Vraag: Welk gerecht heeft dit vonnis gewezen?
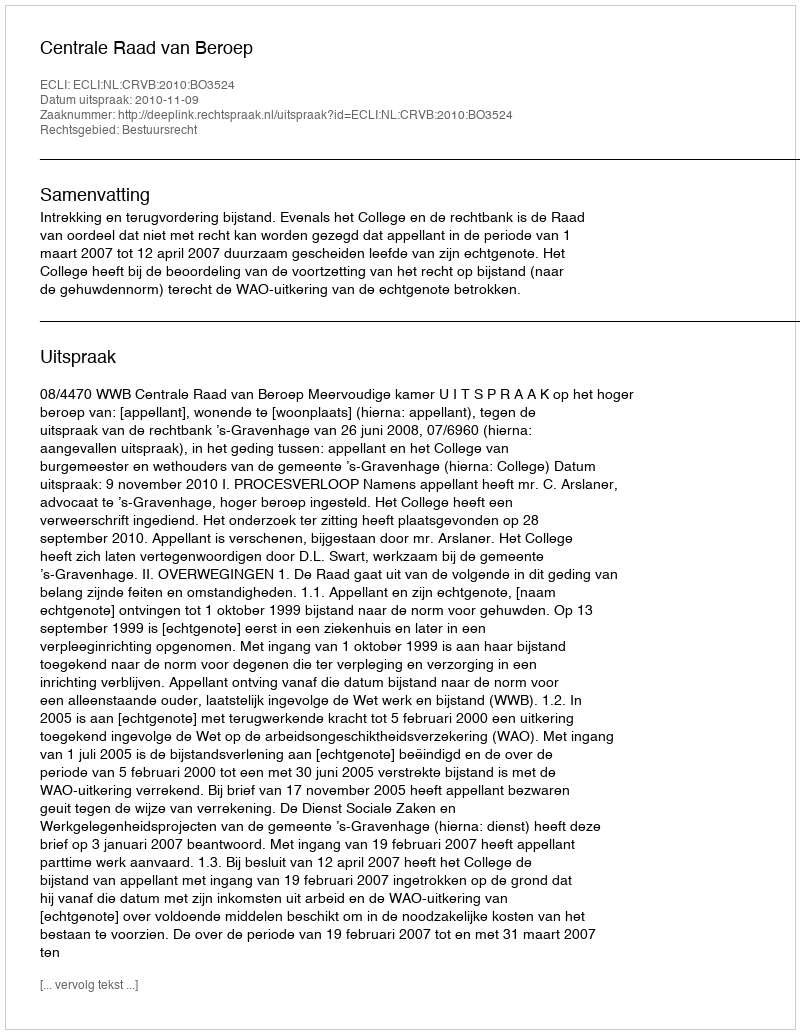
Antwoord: Centrale Raad van Beroep